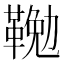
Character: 𩋭